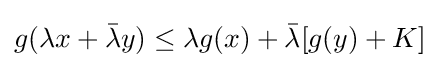
g(\lambda x+{\bar {\lambda }}y)\leq \lambda g(x)+{\bar {\lambda }}[g(y)+K]